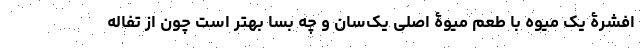
افشرۀ یک میوه با طعم میوۀ اصلی یک‌سان و چه بسا بهتر است چون از تفاله